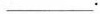
___$$.